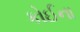
કોઈના